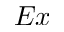
E x